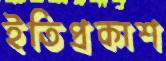
ইতিপ্রকাশ